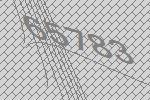
65783